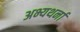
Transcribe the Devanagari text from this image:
अभ्यथर्ना